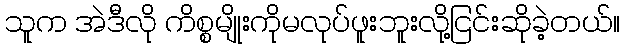
သူက အဲဒီလို ကိစ္စမျိုးကိုမလုပ်ဖူးဘူးလို့ငြင်းဆိုခဲ့တယ်။